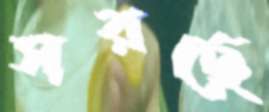
সরছে